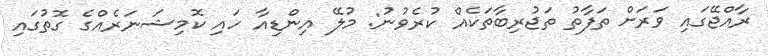
ރާއްޖޭގައި ވަރަށް ތަފާތު ތަޖުރިބާތަކެއް ކުރެވުނު: މުލޭ އިންޑިއާ ހައި ކޮމިޝަނަރެއްގެ ގޮތުގައި